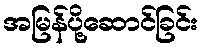
အမြန်ပို့ဆောင်ခြင်း